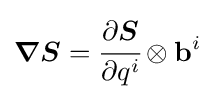
{\boldsymbol {\nabla }}{\boldsymbol {S}}={\cfrac {\partial {\boldsymbol {S}}}{\partial q^{i}}}\otimes \mathbf {b} ^{i}